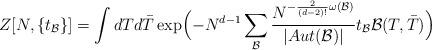
LaTeX: \begin{align*}Z[N,\{t_{\mathcal{B}}\}]= \int dT d\bar{T} \exp\Bigl(-N^{d-1} \sum_{\mathcal{B}}\frac{N^{-\frac{2}{(d-2)!}\omega(\mathcal{B})}}{|Aut(\mathcal{B})|} t_{\mathcal{B}}\mathcal{B}(T, \bar{T})\Bigr)\end{align*}